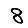
Digit: 8